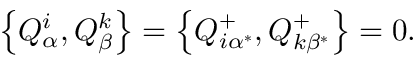
\left\{ Q _ { \alpha } ^ { i } , Q _ { \beta } ^ { k } \right\} = \left\{ Q _ { i \alpha ^ { * } } ^ { + } , Q _ { k \beta ^ { * } } ^ { + } \right\} = 0 .